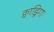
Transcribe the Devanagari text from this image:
क्वाड्रिगा